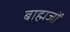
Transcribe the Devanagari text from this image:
बाह्मजों